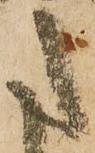
た